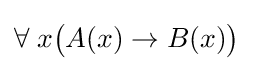
\forall \;x{\big (}A(x)\rightarrow B(x){\big )}